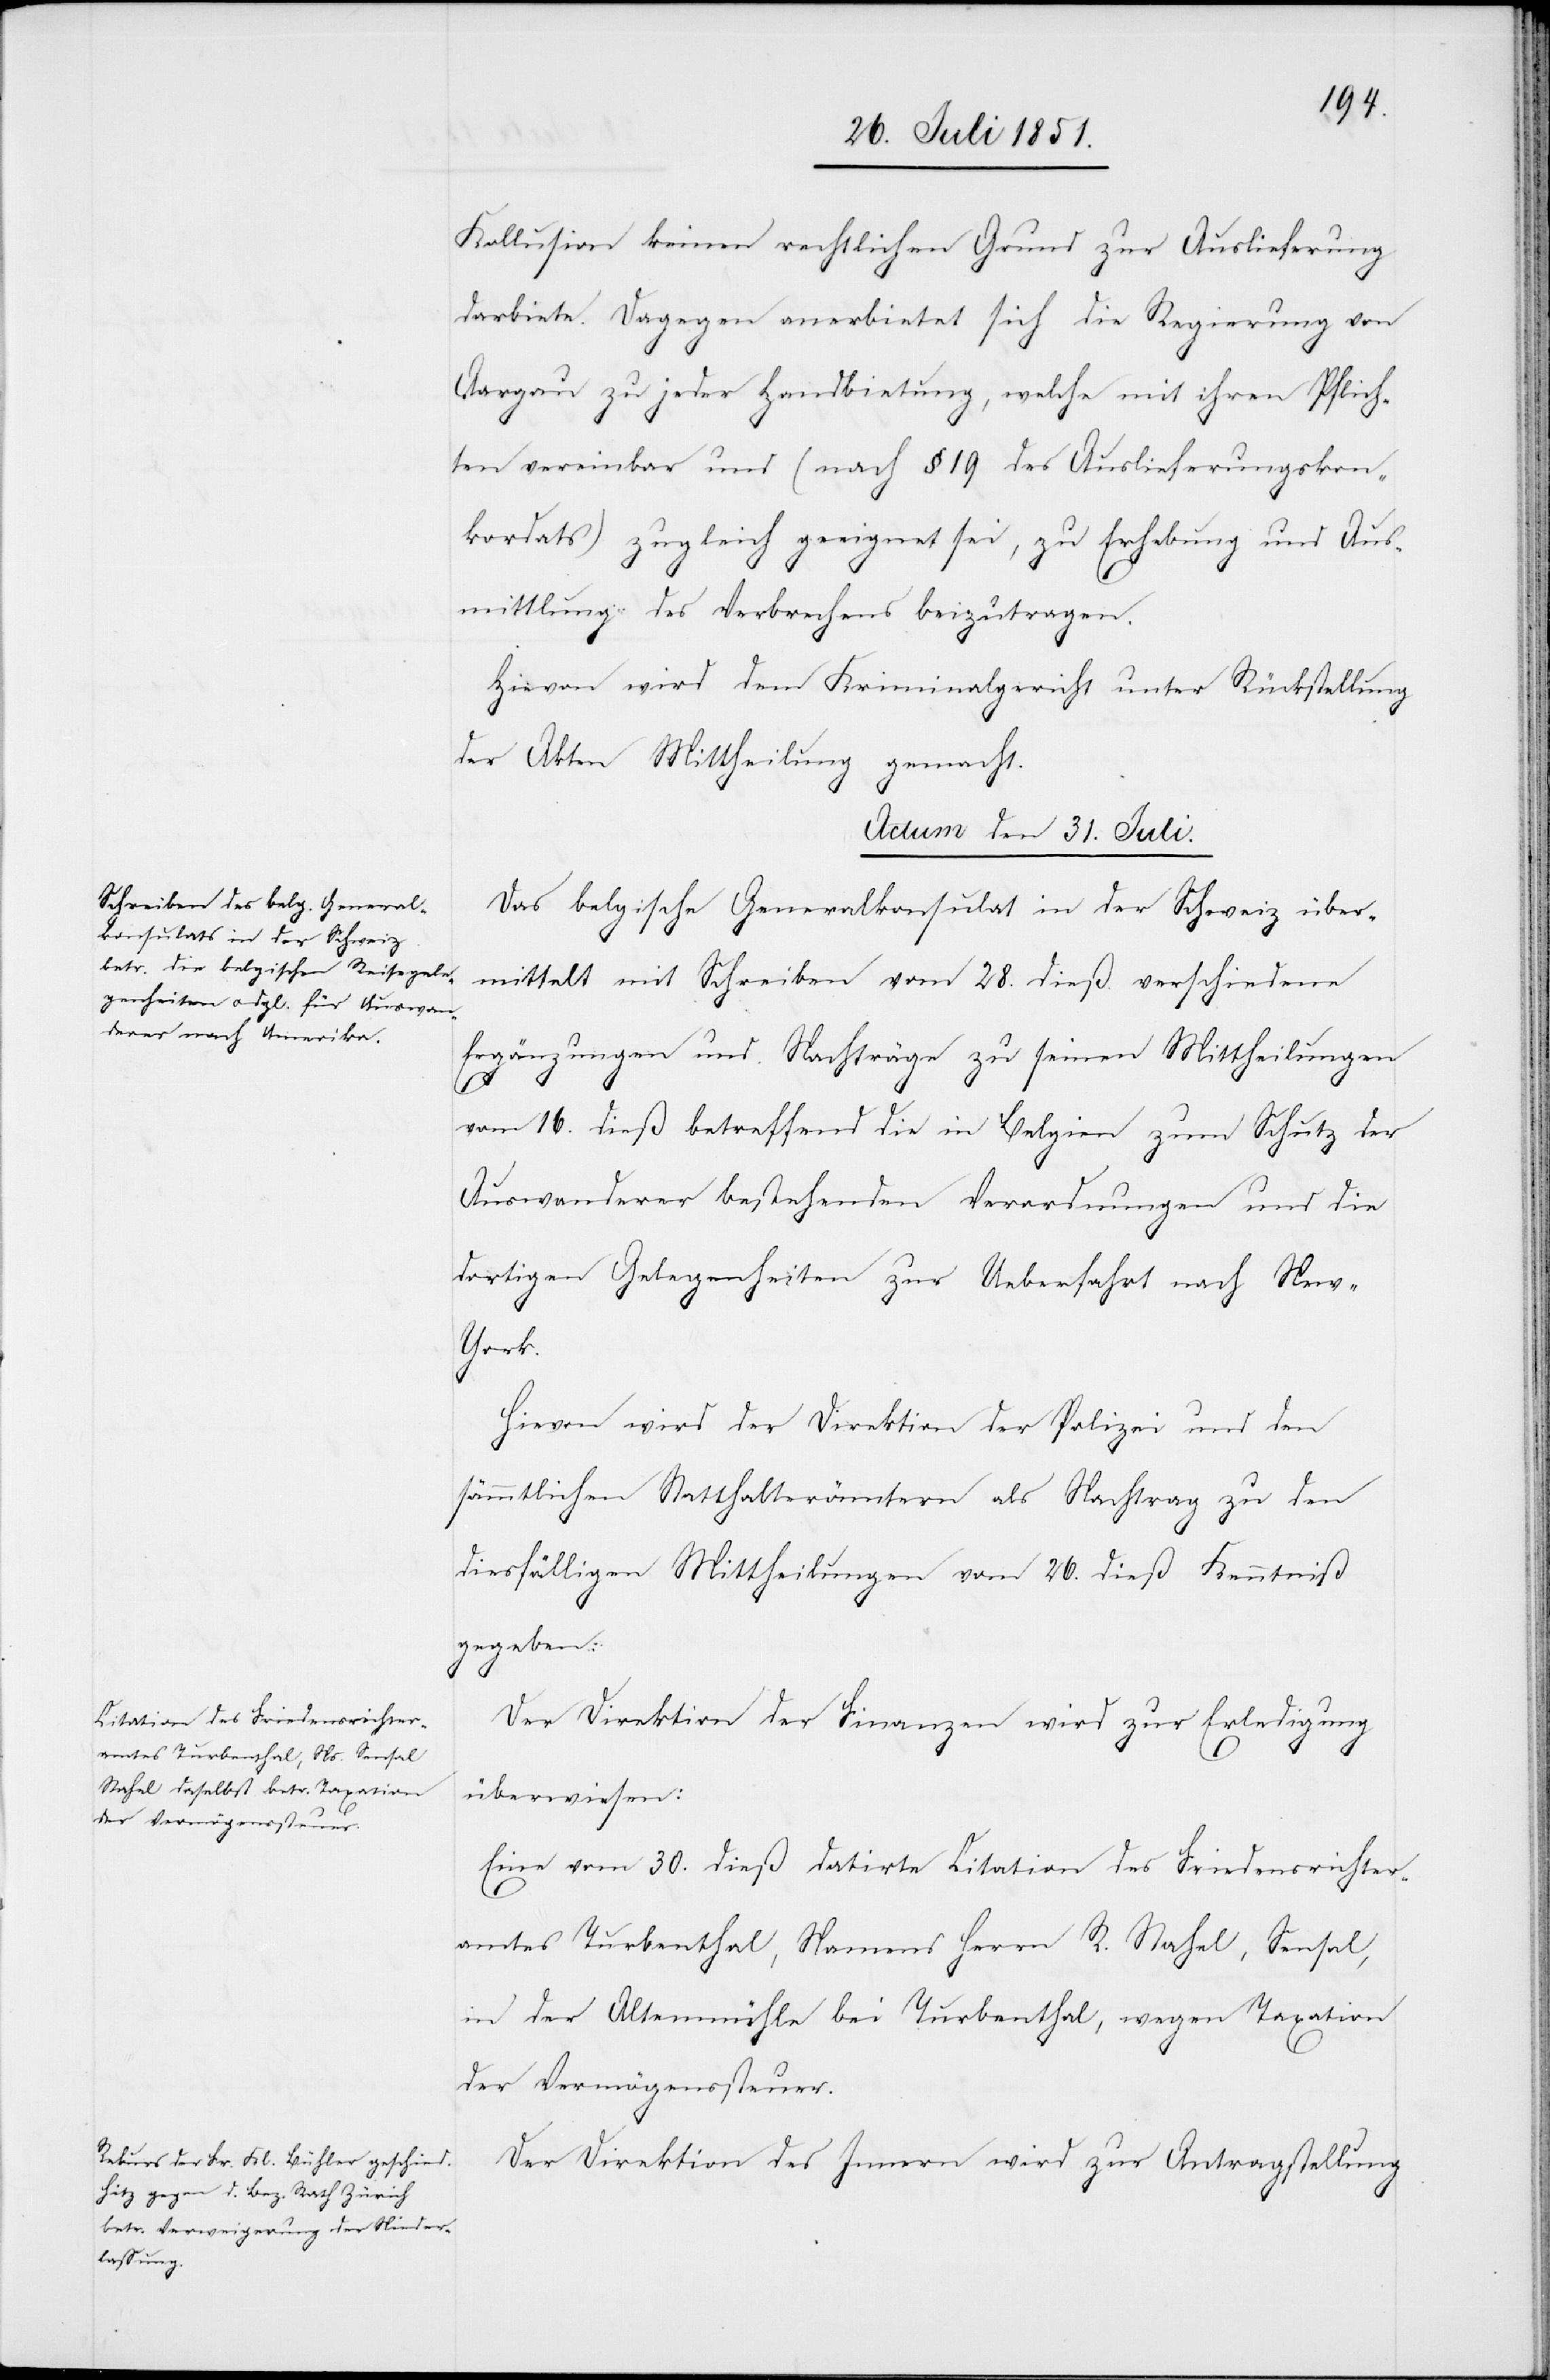
Kollusion keinen rechtlichen Grund zur Auslieferung
darbiete. Dagegen anerbietet sich die Regierung von
Aargau zu jeder Handbietung, welche mit ihren Pflich¬
ten vereinbar und (nach § 19 des Auslieferungskon¬
kordats) zugleich geeignet sei, zu Erhebung und Aus¬
mittlung des Verbrechens beizutragen.
Hievon wird dem Kriminalgericht unter Rückstellung
der Akten Mittheilung gemacht.
Actum den 31. Juli.]
Das belgische Generalkonsulat in der Schweiz über¬
mittelt mit Schreiben vom 28. dieß verschiedene
Ergänzungen und Nachträge zu seinen Mittheilungen
vom 16. dieß betreffend die in Belgien zum Schutz der
Auswanderer bestehenden Verordnungen und die
dortigen Gelegenheiten zur Ueberfahrt nach Ne¬
w-York.
Hievon wird der Direktion der Polizei und den
sämmtlichen Statthalterämtern als Nachtrag zu den
diesfälligen Mittheilungen vom 26. dieß Kenntniß
gegeben.
Der Direktion der Finanzen wird zur Erledigung
überwiesen:
Eine vom 30. dieß datirte Citation des Friedensrichter¬
amtes Turbenthal, Namens Herrn R. Stahel, Sensal,
in der Altenmühle bei Turbenthal, wegen Taxation
der Vermögenssteuer.
Der Direktion des Innern wird zur Antragstellung